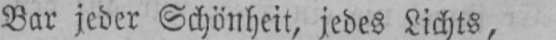
Bar jeder Schönheit, jedes Lichts,